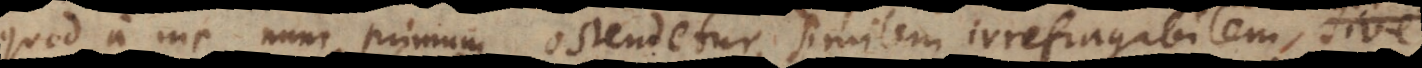
quod a me nunc primum ostendetur, similem irrefragabilem sive